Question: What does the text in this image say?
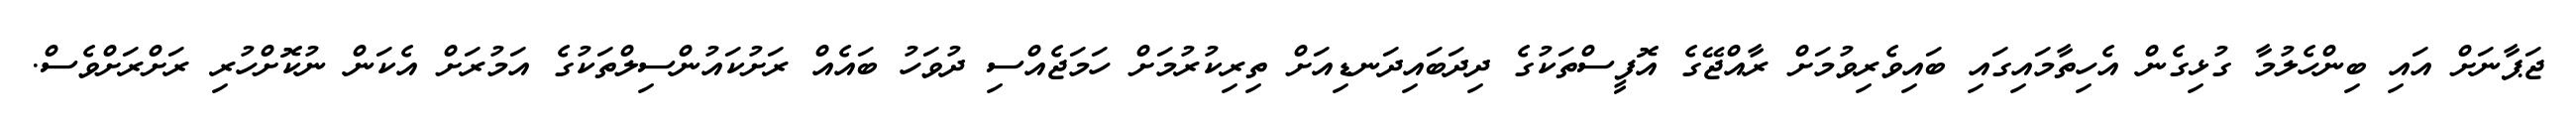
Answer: ޖަޕާނަށް އައި ބިންހެލުމާ ގުޅިގެން އެހިތާމައިގައި ބައިވެރިވުމަށް ރާއްޖޭގެ އޮފީސްތަކުގެ ދިދަބައިދަނޑިއަށް ތިރިކުރުމަށް ހަމަޖެއްސި ދުވަހު ބައެއް ރަށުކައުންސިލްތަކުގެ އަމުރަށް އެކަން ނުކޮށްހުރި ރަށްރަށްވެސް.